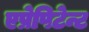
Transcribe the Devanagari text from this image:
एप्रेपिटेन्ट